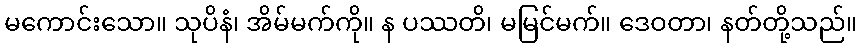
မကောင်းသော။ သုပိနံ၊ အိမ်မက်ကို။ န ပဿတိ၊ မမြင်မက်။ ဒေဝတာ၊ နတ်တို့သည်။